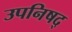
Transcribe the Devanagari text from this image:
उपनिषद्